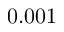
0 . 0 0 1